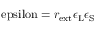
\mathrm { \ e p s i l o n } = r _ { \mathrm { e x t } } \epsilon _ { \mathrm { L } } \epsilon _ { \mathrm { S } }